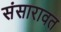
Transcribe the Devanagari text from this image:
संसारावत